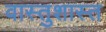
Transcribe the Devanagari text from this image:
वास्तुशास्त